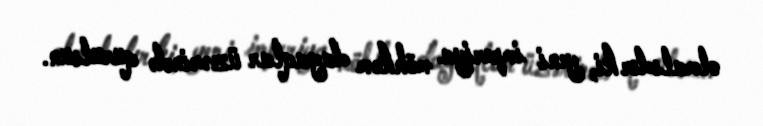
olmalıdır ki, yeni imperiya möhkəm dayaqlar üzərində qurulsun.